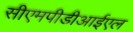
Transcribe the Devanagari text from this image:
सीएमपीडीआईएल